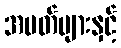
အမတ်များနှင့်